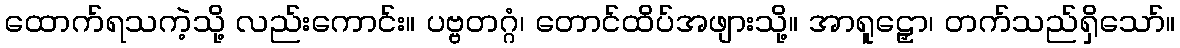
ထောက်ရသကဲ့သို့ လည်းကောင်း။ ပဗ္ဗတဂ္ဂံ၊ တောင်ထိပ်အဖျားသို့။ အာရူဠှော၊ တက်သည်ရှိသော်။